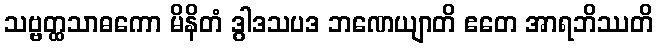
သဗ္ဗတ္ထသာဓကော မိနိတံ ဒွါဒသပဒ ဘဏေယျာတိ ဧတေ အာရဘိဿတိ